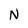
Character: N